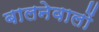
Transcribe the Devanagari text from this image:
बालनेवालों